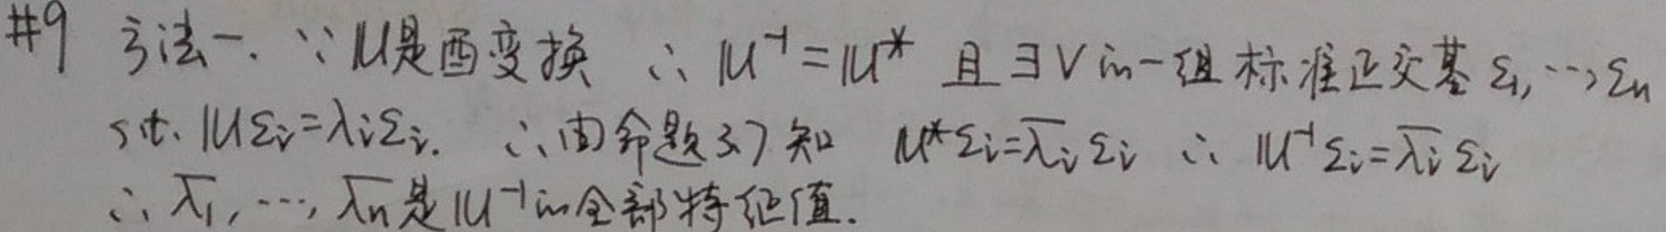
\(\#9\) 方法一. \(\because U\)是酉变换，\(\therefore U^{\dagger}=U^{*}\)且\(\exists V \in\)一组标准正交基\(s_1,\cdots,s_n\)
使\(Us_i = \lambda_i s_i\)，\(\therefore\)由命题37知\(U^{*}s_i=\overline{\lambda_i}s_i\)，\(\therefore U^{\dagger}s_i=\overline{\lambda_i}s_i\)
\(\therefore \lambda_1,\cdots,\lambda_n\)是\(U^{\dagger}\)的全部特征值.